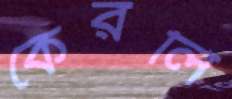
কেরলি